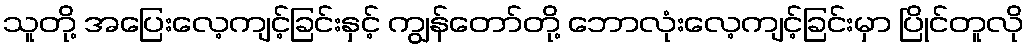
သူတို့ အပြေးလေ့ကျင့်ခြင်းနှင့် ကျွန်တော်တို့ ဘောလုံးလေ့ကျင့်ခြင်းမှာ ပြိုင်တူလို